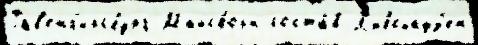
Рав'енг'ирсбург Майсборн соста́в Л'ибсхауз'ен